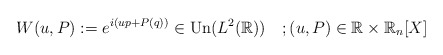
\begin{align*}W(u,P):=e^{i(up+P(q))} \in\hbox{Un}(L^2(\mathbb{R}))\quad; (u,P)\in\mathbb{R}\times\mathbb{R}_n[X]\end{align*}